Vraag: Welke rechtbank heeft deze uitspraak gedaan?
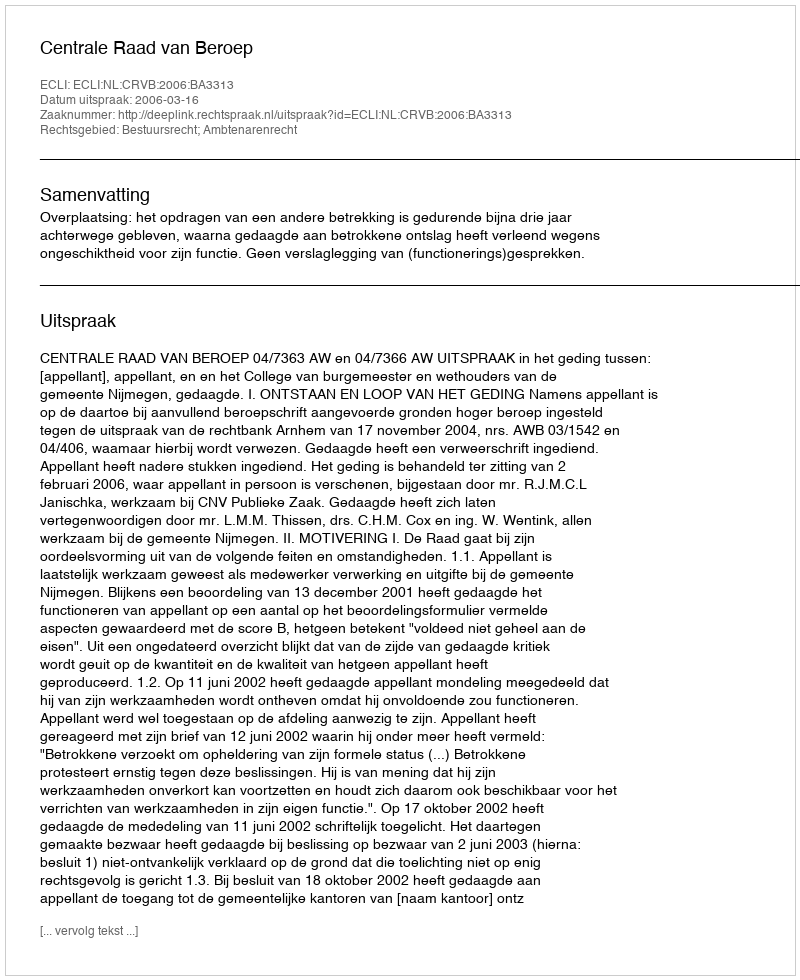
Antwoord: Centrale Raad van Beroep